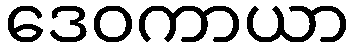
ဒေဝကာယာ